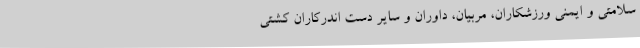
سلامتی و ایمنی ورزشکاران، مربیان، داوران و سایر دست اندرکاران کشتی